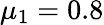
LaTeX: \mu_{1}=0.8